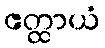
ဧတ္ထာယံ